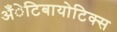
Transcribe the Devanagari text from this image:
अँेटिबायोटिक्स